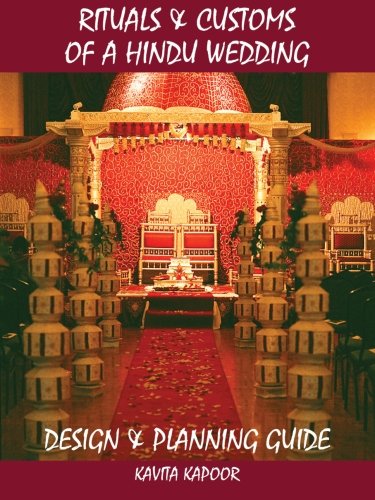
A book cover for Rituals & Customs of a Hindu Wedding: Design & Planning Guide; Kavita Kapoor; Crafts, Hobbies & Home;